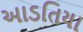
આડતિયા